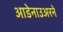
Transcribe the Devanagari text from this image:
आडेनाउअरने